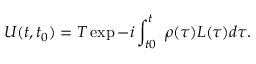
U ( t , t _ { 0 } ) = T \exp - i \int _ { t 0 } ^ { t } \ \rho ( \tau ) L ( \tau ) d \tau .